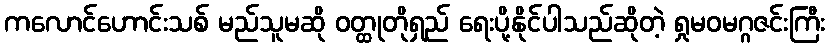
ကလောင်ဟောင်းသစ် မည်သူမဆို ဝတ္ထုတိုရှည် ရေးပို့နိုင်ပါသည်ဆိုတဲ့ ရှုမဝမဂ္ဂဇင်းကြီး